65_HS1-834228961_62-HQ-83894_Section_1
Agency: FBI
Page 71
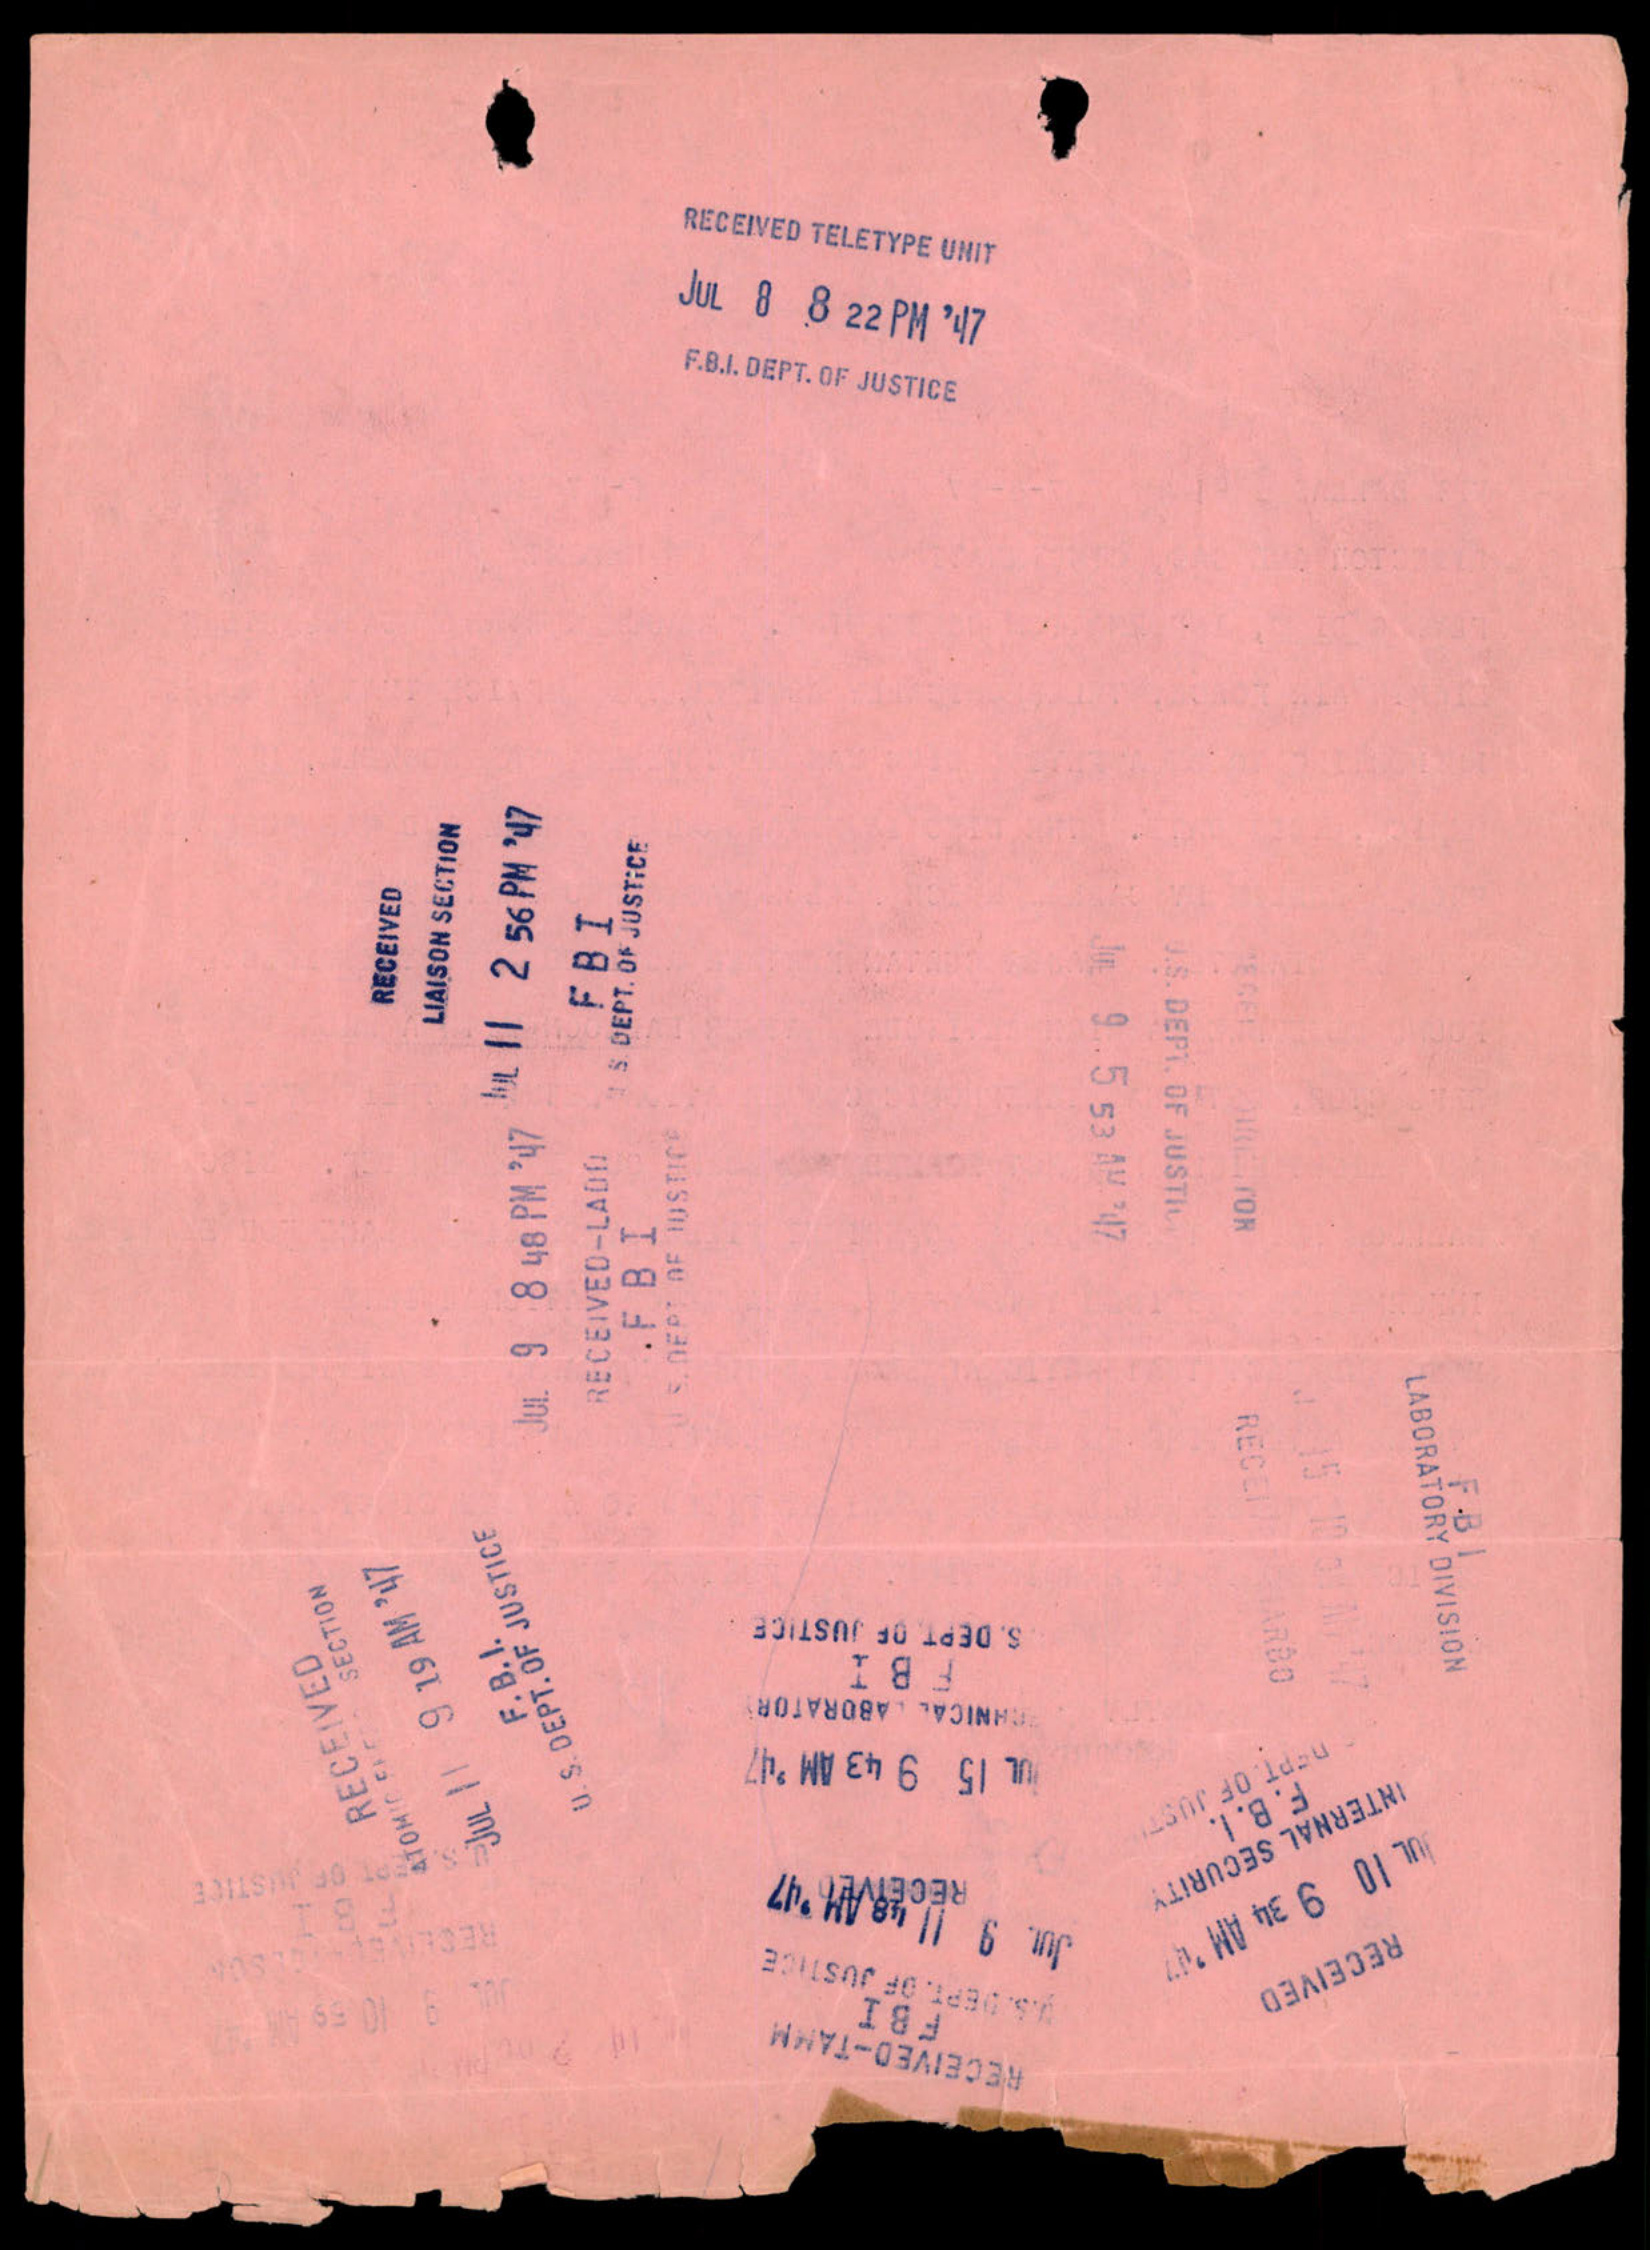